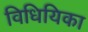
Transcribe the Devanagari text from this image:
विधियिका